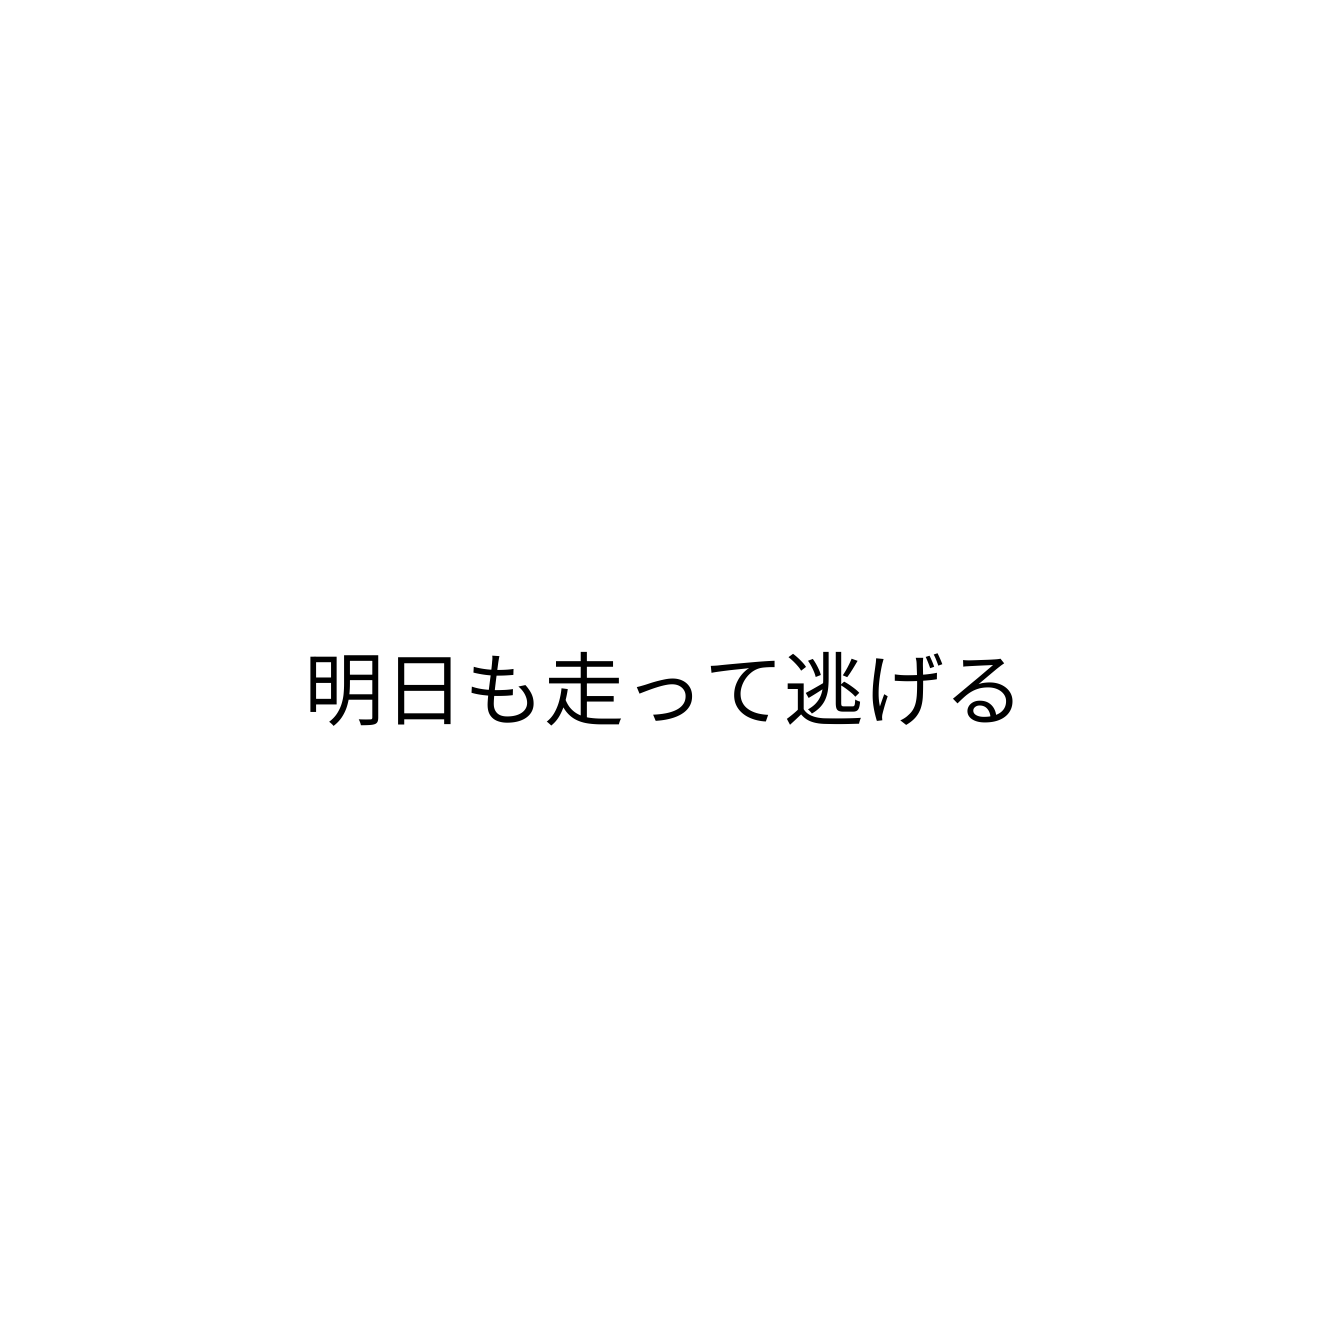
明日も走って逃げる